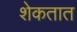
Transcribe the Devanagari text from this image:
शेकतात